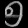
Digit: ၅